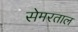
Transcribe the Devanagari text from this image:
सेमरताल